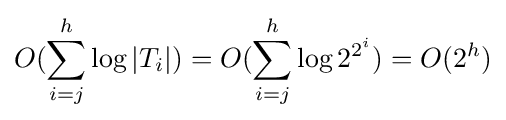
O(\sum _{i=j}^{h}\log |T_{i}|)=O(\sum _{i=j}^{h}\log 2^{2^{i}})=O(2^{h})